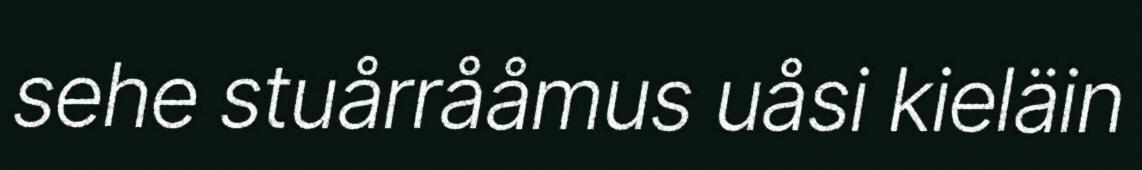
sehe stuårrååmus uåsi kieläin